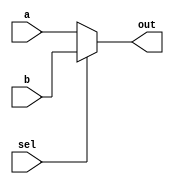


// 32-bit 2-to-1 MUX
module two2one_mux_32bit(a, b, sel, out);

    input [31:0] a, b;
    input sel;
    output [31:0] out;
    
    assign out = sel ? b : a;

endmodule